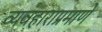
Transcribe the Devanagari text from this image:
व्यवहाराप्रमाणे